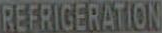
REFRIGERATION